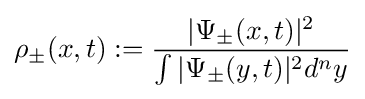
\rho _{\pm }(x,t):={\frac {|\Psi _{\pm }(x,t)|^{2}}{\int |\Psi _{\pm }(y,t)|^{2}d^{n}y}}